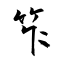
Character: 笮